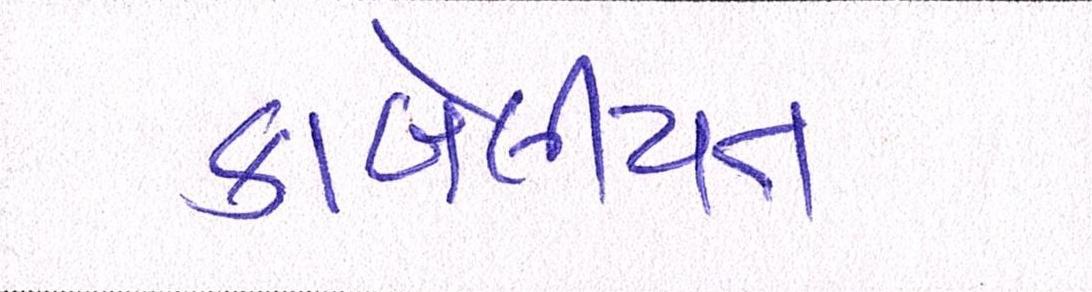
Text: કાબેલીયત